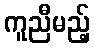
ကူညီမည့်